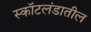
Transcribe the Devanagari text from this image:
स्कॉटलंडातील